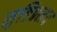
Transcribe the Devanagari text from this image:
सृष्टिप्रलय